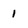
Character: I